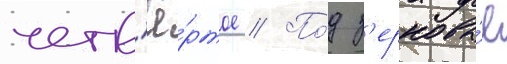
четв'ё́ртое // По́д з'ерновы́е